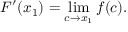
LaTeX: F ^ { \prime } ( x _ { 1 } ) = \operatorname* { l i m } _ { c \to x _ { 1 } } f ( c ) .